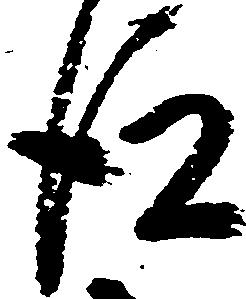
後